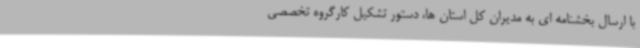
با ارسال بخشنامه ای به مدیران کل استان ها، دستور تشکیل کارگروه تخصصی